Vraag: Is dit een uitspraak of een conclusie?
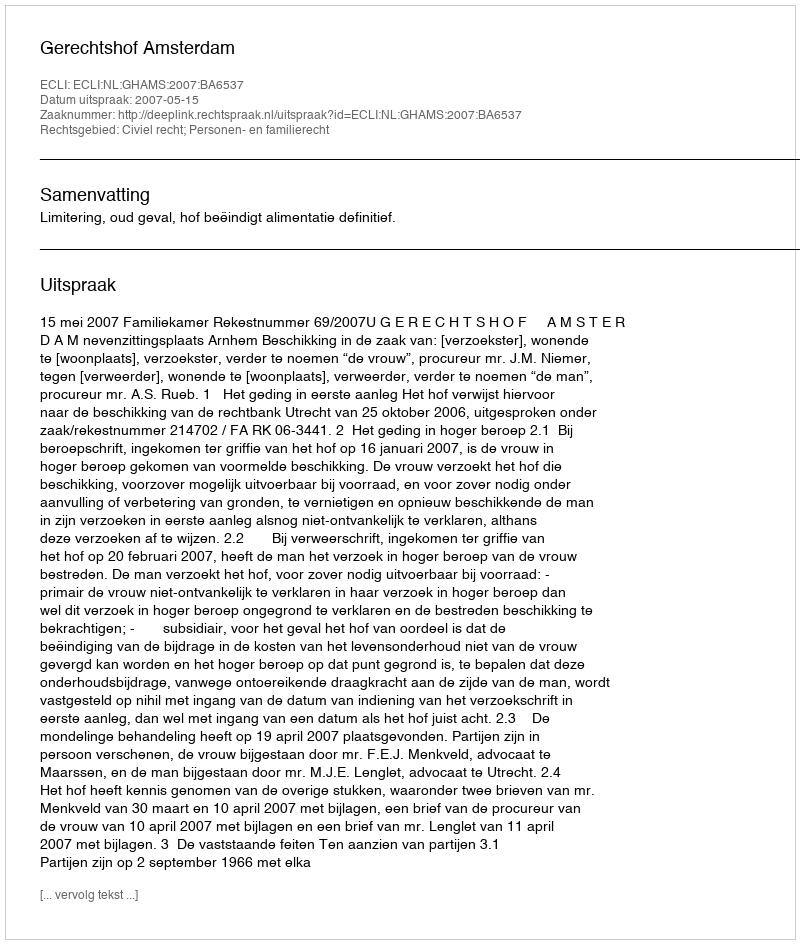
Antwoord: Uitspraak